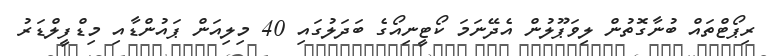
ރިޕޯޓްތައް ބުނާގޮތުން ލިވަޕޫލުން އެދޭނަމަ ކޯޓީނިއޯގެ ބަދަލުގައި 40 މިލިއަން ޕައުންޑާއި މިޑްފީލްޑަރު